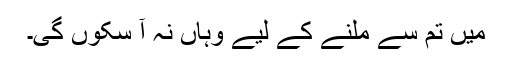
میں تم سے ملنے کے لیے وہاں نہ آ سکوں گی۔